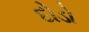
દોડો